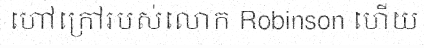
ហៅក្រៅរបស់លោក Robinson ហើយ